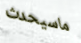
ماسيحدث